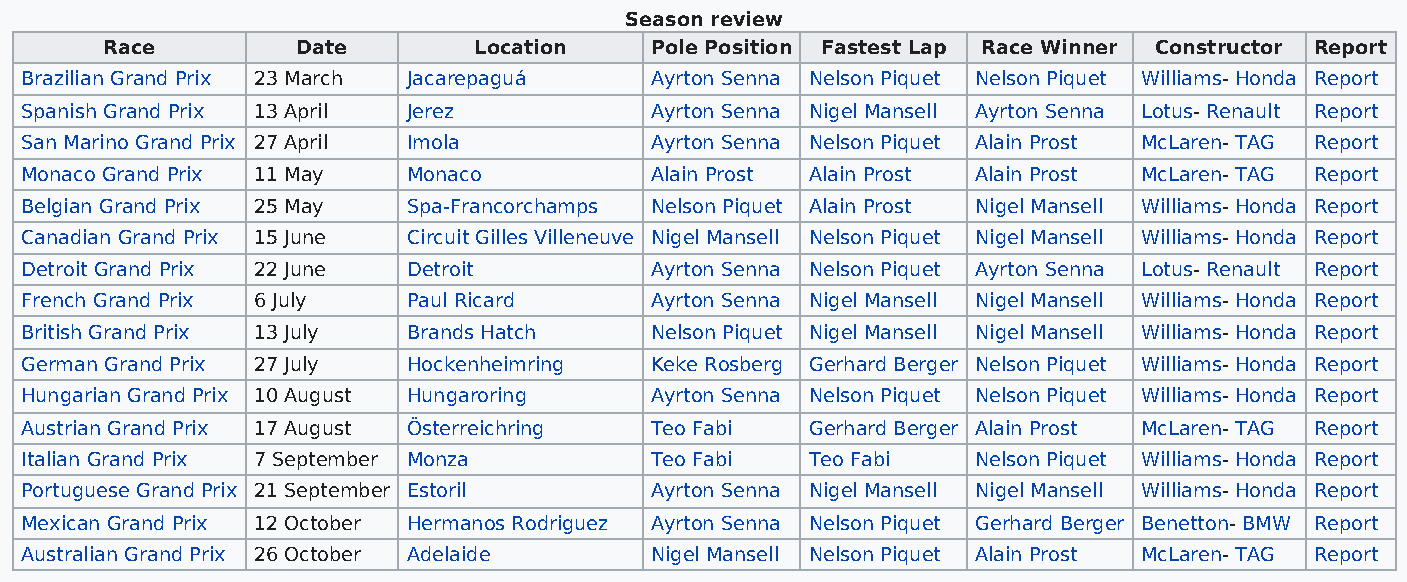
Season review
 Race         Date       Location    Pole Position Fastest Lap Race Winner Constructor Report
 Brazilian Grand Prix 23 March Jacarepaguá Ayrton Senna Nelson Piquet Nelson Piquet Williams- Honda Report
 Spanish Grand Prix 13 April Jerez         Ayrton Senna Nigel Mansell Ayrton Senna Lotus- Renault Report
 San Marino Grand Prix 27 April Imola      Ayrton Senna Nelson Piquet Alain Prost McLaren- TAG Report
 Monaco Grand Prix 11 May  Monaco          Alain Prost Alain Prost Alain Prost McLaren- TAG Report
 Belgian Grand Prix 25 May Spa-Francorchamps Nelson Piquet Alain Prost Nigel Mansell Williams- Honda Report
 Canadian Grand Prix 15 June Circuit Gilles Villeneuve Nigel Mansell Nelson Piquet Nigel Mansell Williams- Honda Report
 Detroit Grand Prix 22 June Detroit        Ayrton Senna Nelson Piquet Ayrton Senna Lotus- Renault Report
 French Grand Prix 6 July  Paul Ricard     Ayrton Senna Nigel Mansell Nigel Mansell Williams- Honda Report
 British Grand Prix 13 July Brands Hatch   Nelson Piquet Nigel Mansell Nigel Mansell Williams- Honda Report
 German Grand Prix 27 July Hockenheimring  Keke Rosberg Gerhard Berger Nelson Piquet Williams- Honda Report
 Hungarian Grand Prix 10 August Hungaroring Ayrton Senna Nelson Piquet Nelson Piquet Williams- Honda Report
 Austrian Grand Prix 17 August Österreichring Teo Fabi Gerhard Berger Alain Prost McLaren- TAG Report
 Italian Grand Prix 7 September Monza      Teo Fabi   Teo Fabi   Nelson Piquet Williams- Honda Report
 Portuguese Grand Prix 21 September Estoril Ayrton Senna Nigel Mansell Nigel Mansell Williams- Honda Report
 Mexican Grand Prix 12 October Hermanos Rodriguez Ayrton Senna Nelson Piquet Gerhard Berger Benetton- BMW Report
 Australian Grand Prix 26 October Adelaide Nigel Mansell Nelson Piquet Alain Prost McLaren- TAG Report